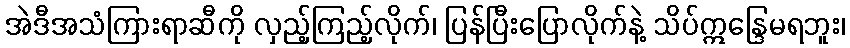
အဲဒီအသံကြားရာဆီကို လှည့်ကြည့်လိုက်၊ ပြန်ပြီးပြောလိုက်နဲ့ သိပ်ဣန္ဒြေမရဘူး၊